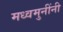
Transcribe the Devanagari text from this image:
मध्वमुनींनी